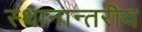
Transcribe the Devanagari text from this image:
स्थानान्तरीय